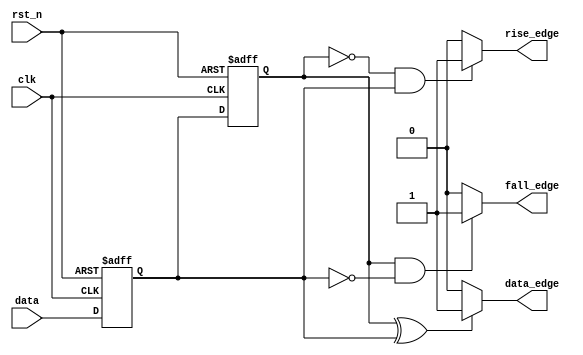
`timescale 1ns / 1ps
//////////////////////////////////////////////////////////////////////////////////
// Company: 
// Engineer: 
// 
// Design Name: 
// Module Name: test26
// Project Name: 
// Target Devices: 
// Tool Versions: 
// Description: 
// 
// Dependencies: 
// 
// Revision:
// Revision 0.01 - File Created
// Additional Comments:
// 
//////////////////////////////////////////////////////////////////////////////////


module test26(
    input   clk, rst_n, data,
    output  rise_edge,  //
    output  fall_edge,  //
    output  data_edge   //
    );

reg data_r,data_rr;

always @(posedge clk or negedge rst_n) begin
    if (!rst_n) begin
        data_r  <= 1'b0;
        data_rr <= 1'b0;     
    end else begin
      data_r    <= data;
      data_rr   <= data_r;
    end
end

assign rise_edge = ( ~data_rr && data_r ) ? 1'b1 : 1'b0 ;
assign fall_edge = ( data_rr && ~data_r ) ? 1'b1 : 1'b0 ;
assign data_edge = ( data_rr^data_r ) ? 1'b1 : 1'b0 ;
endmodule